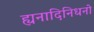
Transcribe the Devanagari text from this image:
ह्यनादिनिधनो